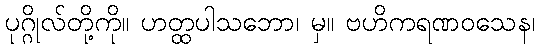
ပုဂ္ဂိုလ်တို့ကို။ ဟတ္ထပါသဘော၊ မှ။ ဗဟိကရဏဝသေန၊